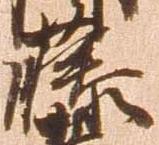
藤